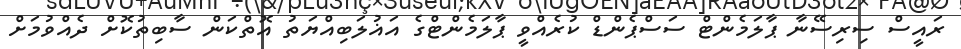
ރައީސް ސިރިސޭނާ ޕާލަމެންޓް ސަސްޕެންޑް ކުރެއްވީ ޕާލަމެންޓްގެ އަޣުލަބިއްޔަތު އޮތްކަން ސާބިތުކޮށް ދެއްވުމަށް